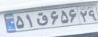
۵۱ق۶۵۶۲۹